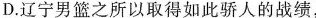
D.辽宁男篮之所以取得如此骄人的战绩，